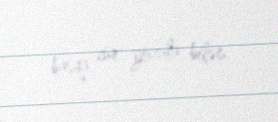
başqa cür yozula bilər.